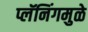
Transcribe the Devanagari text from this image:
प्लॅनिंगमुळे